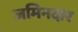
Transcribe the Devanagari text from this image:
जमिनदार